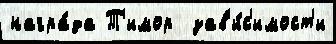
награ́да Т'имор  зав'и́с'имост'и